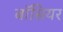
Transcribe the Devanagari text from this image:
बॉसियर